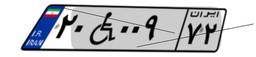
۲۰W۰۰۹۷۲